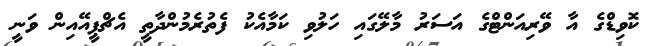
ކޮވިޑްގެ އާ ވޭރިއަންޓްގެ އަސަރު މާލޭގައި ހަލުވި ކަމާއެކު ފެތުރެމުންދާތީ އެޗްޕީއޭއިން ވަނީ